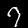
Label: 7